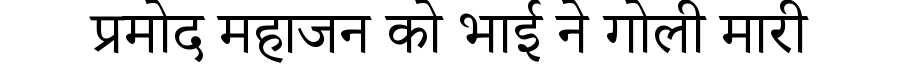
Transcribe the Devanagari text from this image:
प्रमोद महाजन को भाई ने गोली मारी